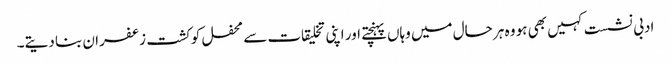
ادبی نشست کہیں بھی ہو وہ ہر حال میں وہاں پہنچتے اور اپنی تخلیقات سے محفل کو کشت زعفران بنا دیتے۔